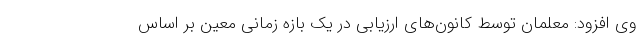
وی افزود: معلمان توسط کانون‌های ارزیابی در یک بازه زمانی معین بر اساس